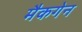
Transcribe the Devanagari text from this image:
मैकगेन